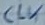
Text: CLK